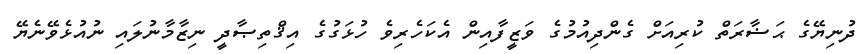
ދުނިޔޭގެ ޙަޟާރަތް ކުރިއަށް ގެންދިއުމުގެ ވަޒީފާއިން އެކަހެރިވެ ހުޅަގުގެ އިޤްތިޞާދީ ނިޒާމާނުލައި ނުއުޅެވޭނެޔޭ